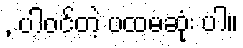
, ပါဝင်တဲ့ ပထမဆုံး ပါ။